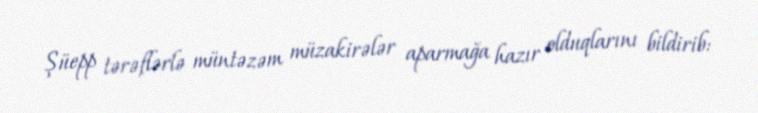
Şüepp tərəflərlə müntəzəm müzakirələr aparmağa hazır olduqlarını bildirib: